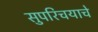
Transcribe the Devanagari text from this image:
सुपरिचयाचे